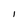
Character: l